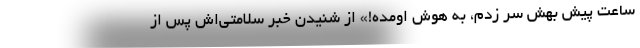
ساعت پیش بهش سر زدم، به هوش اومده!» از شنیدن خبر سلامتی‌اش پس از